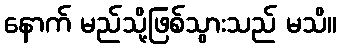
နောက် မည်သို့ဖြစ်သွားသည် မသိ။